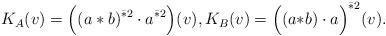
LaTeX: \begin{align*}K_A(v)=\Big((a\ast b)^{\bar{\ast}2}\cdot a^{\bar{\ast}2}\Big)(v),K_B(v)= \Big((a{\ast}b)\cdot a\Big)^{\bar{\ast}2}(v).\end{align*}